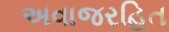
અવાજરહિત